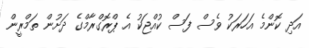
އަދި ކޮންމެ އަހަރަކު ވެސް ފަސް ކުއްޖަކު އެ ޕްރޮގްރާމްގެ ދަށުން ތަމްރީން